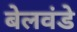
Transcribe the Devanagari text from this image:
बेलवंडे